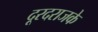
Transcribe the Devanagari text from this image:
दूरदराजके